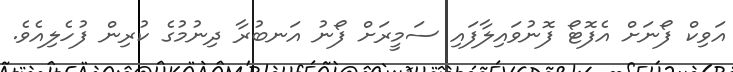
އަވިކް ފޯނަށް އެފޮޓޯ ފޮނުވައިލާފައި ސަމީރަށް ފޯނު އަނބުރާ ދިނުމުގެ ކުރިން ފުހެލިއެވެ.